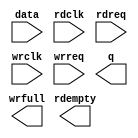
// megafunction wizard: %FIFO%VBB%
// GENERATION: STANDARD
// VERSION: WM1.0
// MODULE: dcfifo 

// ============================================================
// Megafunction Name(s):
// 			dcfifo
//
// Simulation Library Files(s):
// 			
// ============================================================
// ************************************************************
// THIS IS A WIZARD-GENERATED FILE. DO NOT EDIT THIS FILE!
//
// 15.1.0 Build 185 10/21/2015 SJ Lite Edition
// ************************************************************

//Copyright (C) 1991-2015 Altera Corporation. All rights reserved.
//Your use of Altera Corporation's design tools, logic functions 
//and other software and tools, and its AMPP partner logic 
//functions, and any output files from any of the foregoing 
//(including device programming or simulation files), and any 
//associated documentation or information are expressly subject 
//to the terms and conditions of the Altera Program License 
//Subscription Agreement, the Altera Quartus Prime License Agreement,
//the Altera MegaCore Function License Agreement, or other 
//applicable license agreement, including, without limitation, 
//that your use is for the sole purpose of programming logic 
//devices manufactured by Altera and sold by Altera or its 
//authorized distributors.  Please refer to the applicable 
//agreement for further details.

module fifo_32to32 (
	data,
	rdclk,
	rdreq,
	wrclk,
	wrreq,
	q,
	rdempty,
	wrfull);

	input	[31:0]  data;
	input	  rdclk;
	input	  rdreq;
	input	  wrclk;
	input	  wrreq;
	output	[31:0]  q;
	output	  rdempty;
	output	  wrfull;

endmodule

// ============================================================
// CNX file retrieval info
// ============================================================
// Retrieval info: PRIVATE: AlmostEmpty NUMERIC "0"
// Retrieval info: PRIVATE: AlmostEmptyThr NUMERIC "-1"
// Retrieval info: PRIVATE: AlmostFull NUMERIC "0"
// Retrieval info: PRIVATE: AlmostFullThr NUMERIC "-1"
// Retrieval info: PRIVATE: CLOCKS_ARE_SYNCHRONIZED NUMERIC "0"
// Retrieval info: PRIVATE: Clock NUMERIC "4"
// Retrieval info: PRIVATE: Depth NUMERIC "64"
// Retrieval info: PRIVATE: Empty NUMERIC "1"
// Retrieval info: PRIVATE: Full NUMERIC "1"
// Retrieval info: PRIVATE: INTENDED_DEVICE_FAMILY STRING "Cyclone IV E"
// Retrieval info: PRIVATE: LE_BasedFIFO NUMERIC "0"
// Retrieval info: PRIVATE: LegacyRREQ NUMERIC "1"
// Retrieval info: PRIVATE: MAX_DEPTH_BY_9 NUMERIC "0"
// Retrieval info: PRIVATE: OVERFLOW_CHECKING NUMERIC "0"
// Retrieval info: PRIVATE: Optimize NUMERIC "2"
// Retrieval info: PRIVATE: RAM_BLOCK_TYPE NUMERIC "0"
// Retrieval info: PRIVATE: SYNTH_WRAPPER_GEN_POSTFIX STRING "0"
// Retrieval info: PRIVATE: UNDERFLOW_CHECKING NUMERIC "0"
// Retrieval info: PRIVATE: UsedW NUMERIC "1"
// Retrieval info: PRIVATE: Width NUMERIC "32"
// Retrieval info: PRIVATE: dc_aclr NUMERIC "0"
// Retrieval info: PRIVATE: diff_widths NUMERIC "0"
// Retrieval info: PRIVATE: msb_usedw NUMERIC "0"
// Retrieval info: PRIVATE: output_width NUMERIC "32"
// Retrieval info: PRIVATE: rsEmpty NUMERIC "1"
// Retrieval info: PRIVATE: rsFull NUMERIC "0"
// Retrieval info: PRIVATE: rsUsedW NUMERIC "0"
// Retrieval info: PRIVATE: sc_aclr NUMERIC "0"
// Retrieval info: PRIVATE: sc_sclr NUMERIC "0"
// Retrieval info: PRIVATE: wsEmpty NUMERIC "0"
// Retrieval info: PRIVATE: wsFull NUMERIC "1"
// Retrieval info: PRIVATE: wsUsedW NUMERIC "0"
// Retrieval info: LIBRARY: altera_mf altera_mf.altera_mf_components.all
// Retrieval info: CONSTANT: INTENDED_DEVICE_FAMILY STRING "Cyclone IV E"
// Retrieval info: CONSTANT: LPM_NUMWORDS NUMERIC "64"
// Retrieval info: CONSTANT: LPM_SHOWAHEAD STRING "OFF"
// Retrieval info: CONSTANT: LPM_TYPE STRING "dcfifo"
// Retrieval info: CONSTANT: LPM_WIDTH NUMERIC "32"
// Retrieval info: CONSTANT: LPM_WIDTHU NUMERIC "6"
// Retrieval info: CONSTANT: OVERFLOW_CHECKING STRING "ON"
// Retrieval info: CONSTANT: RDSYNC_DELAYPIPE NUMERIC "5"
// Retrieval info: CONSTANT: UNDERFLOW_CHECKING STRING "ON"
// Retrieval info: CONSTANT: USE_EAB STRING "ON"
// Retrieval info: CONSTANT: WRSYNC_DELAYPIPE NUMERIC "5"
// Retrieval info: USED_PORT: data 0 0 32 0 INPUT NODEFVAL "data[31..0]"
// Retrieval info: USED_PORT: q 0 0 32 0 OUTPUT NODEFVAL "q[31..0]"
// Retrieval info: USED_PORT: rdclk 0 0 0 0 INPUT NODEFVAL "rdclk"
// Retrieval info: USED_PORT: rdempty 0 0 0 0 OUTPUT NODEFVAL "rdempty"
// Retrieval info: USED_PORT: rdreq 0 0 0 0 INPUT NODEFVAL "rdreq"
// Retrieval info: USED_PORT: wrclk 0 0 0 0 INPUT NODEFVAL "wrclk"
// Retrieval info: USED_PORT: wrfull 0 0 0 0 OUTPUT NODEFVAL "wrfull"
// Retrieval info: USED_PORT: wrreq 0 0 0 0 INPUT NODEFVAL "wrreq"
// Retrieval info: CONNECT: @data 0 0 32 0 data 0 0 32 0
// Retrieval info: CONNECT: @rdclk 0 0 0 0 rdclk 0 0 0 0
// Retrieval info: CONNECT: @rdreq 0 0 0 0 rdreq 0 0 0 0
// Retrieval info: CONNECT: @wrclk 0 0 0 0 wrclk 0 0 0 0
// Retrieval info: CONNECT: @wrreq 0 0 0 0 wrreq 0 0 0 0
// Retrieval info: CONNECT: q 0 0 32 0 @q 0 0 32 0
// Retrieval info: CONNECT: rdempty 0 0 0 0 @rdempty 0 0 0 0
// Retrieval info: CONNECT: wrfull 0 0 0 0 @wrfull 0 0 0 0
// Retrieval info: GEN_FILE: TYPE_NORMAL fifo_32to32.v TRUE
// Retrieval info: GEN_FILE: TYPE_NORMAL fifo_32to32.inc FALSE
// Retrieval info: GEN_FILE: TYPE_NORMAL fifo_32to32.cmp FALSE
// Retrieval info: GEN_FILE: TYPE_NORMAL fifo_32to32.bsf FALSE
// Retrieval info: GEN_FILE: TYPE_NORMAL fifo_32to32_inst.v FALSE
// Retrieval info: GEN_FILE: TYPE_NORMAL fifo_32to32_bb.v TRUE